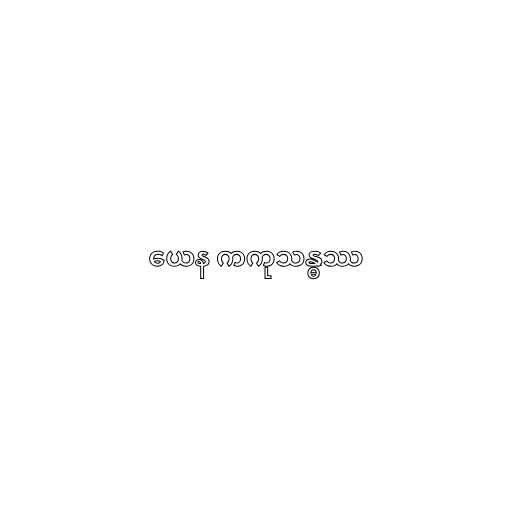
ယေန ကကုသန္ဓဿ